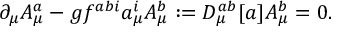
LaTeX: \partial _ { \mu } A _ { \mu } ^ { a } - g f ^ { a b i } a _ { \mu } ^ { i } A _ { \mu } ^ { b } : = D _ { \mu } ^ { a b } [ a ] A _ { \mu } ^ { b } = 0 .